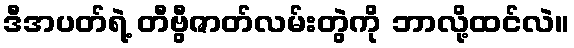
ဒီအပတ်ရဲ့ တီဗွီဇာတ်လမ်းတွဲကို ဘာလို့ထင်လဲ။